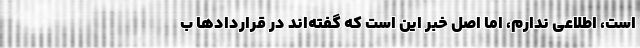
است، اطلاعی ندارم، اما اصل خبر این است که گفته‌اند در قراردادها ب